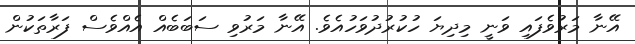
އޭނާ މަރުވެފައި ވަނީ މިދިޔަ ހުކުރުދުވަހުއެވެ. އޭނާ މަރުވި ސަބަބެއް އެއްވެސް ފަރާތަކުން